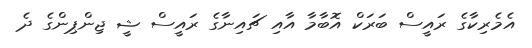
އެމެރިކާގެ ރައީސް ބަރަކް އޮބާމާ އާއި ޗައިނާގެ ރައީސް ޝީ ޖިންޕިންގެ ދެ